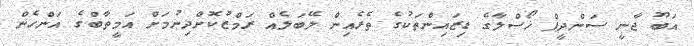
އަބޫ ޖާނީ ސަންދީޕް ޚޯސްލާގެ ޑިޒައިންތަކުގެ ތެރެއިން ލޭބަލެއް ރަމްޒުކޮށްދިނުމަށް އަމީތާބްގެ އަންހެން